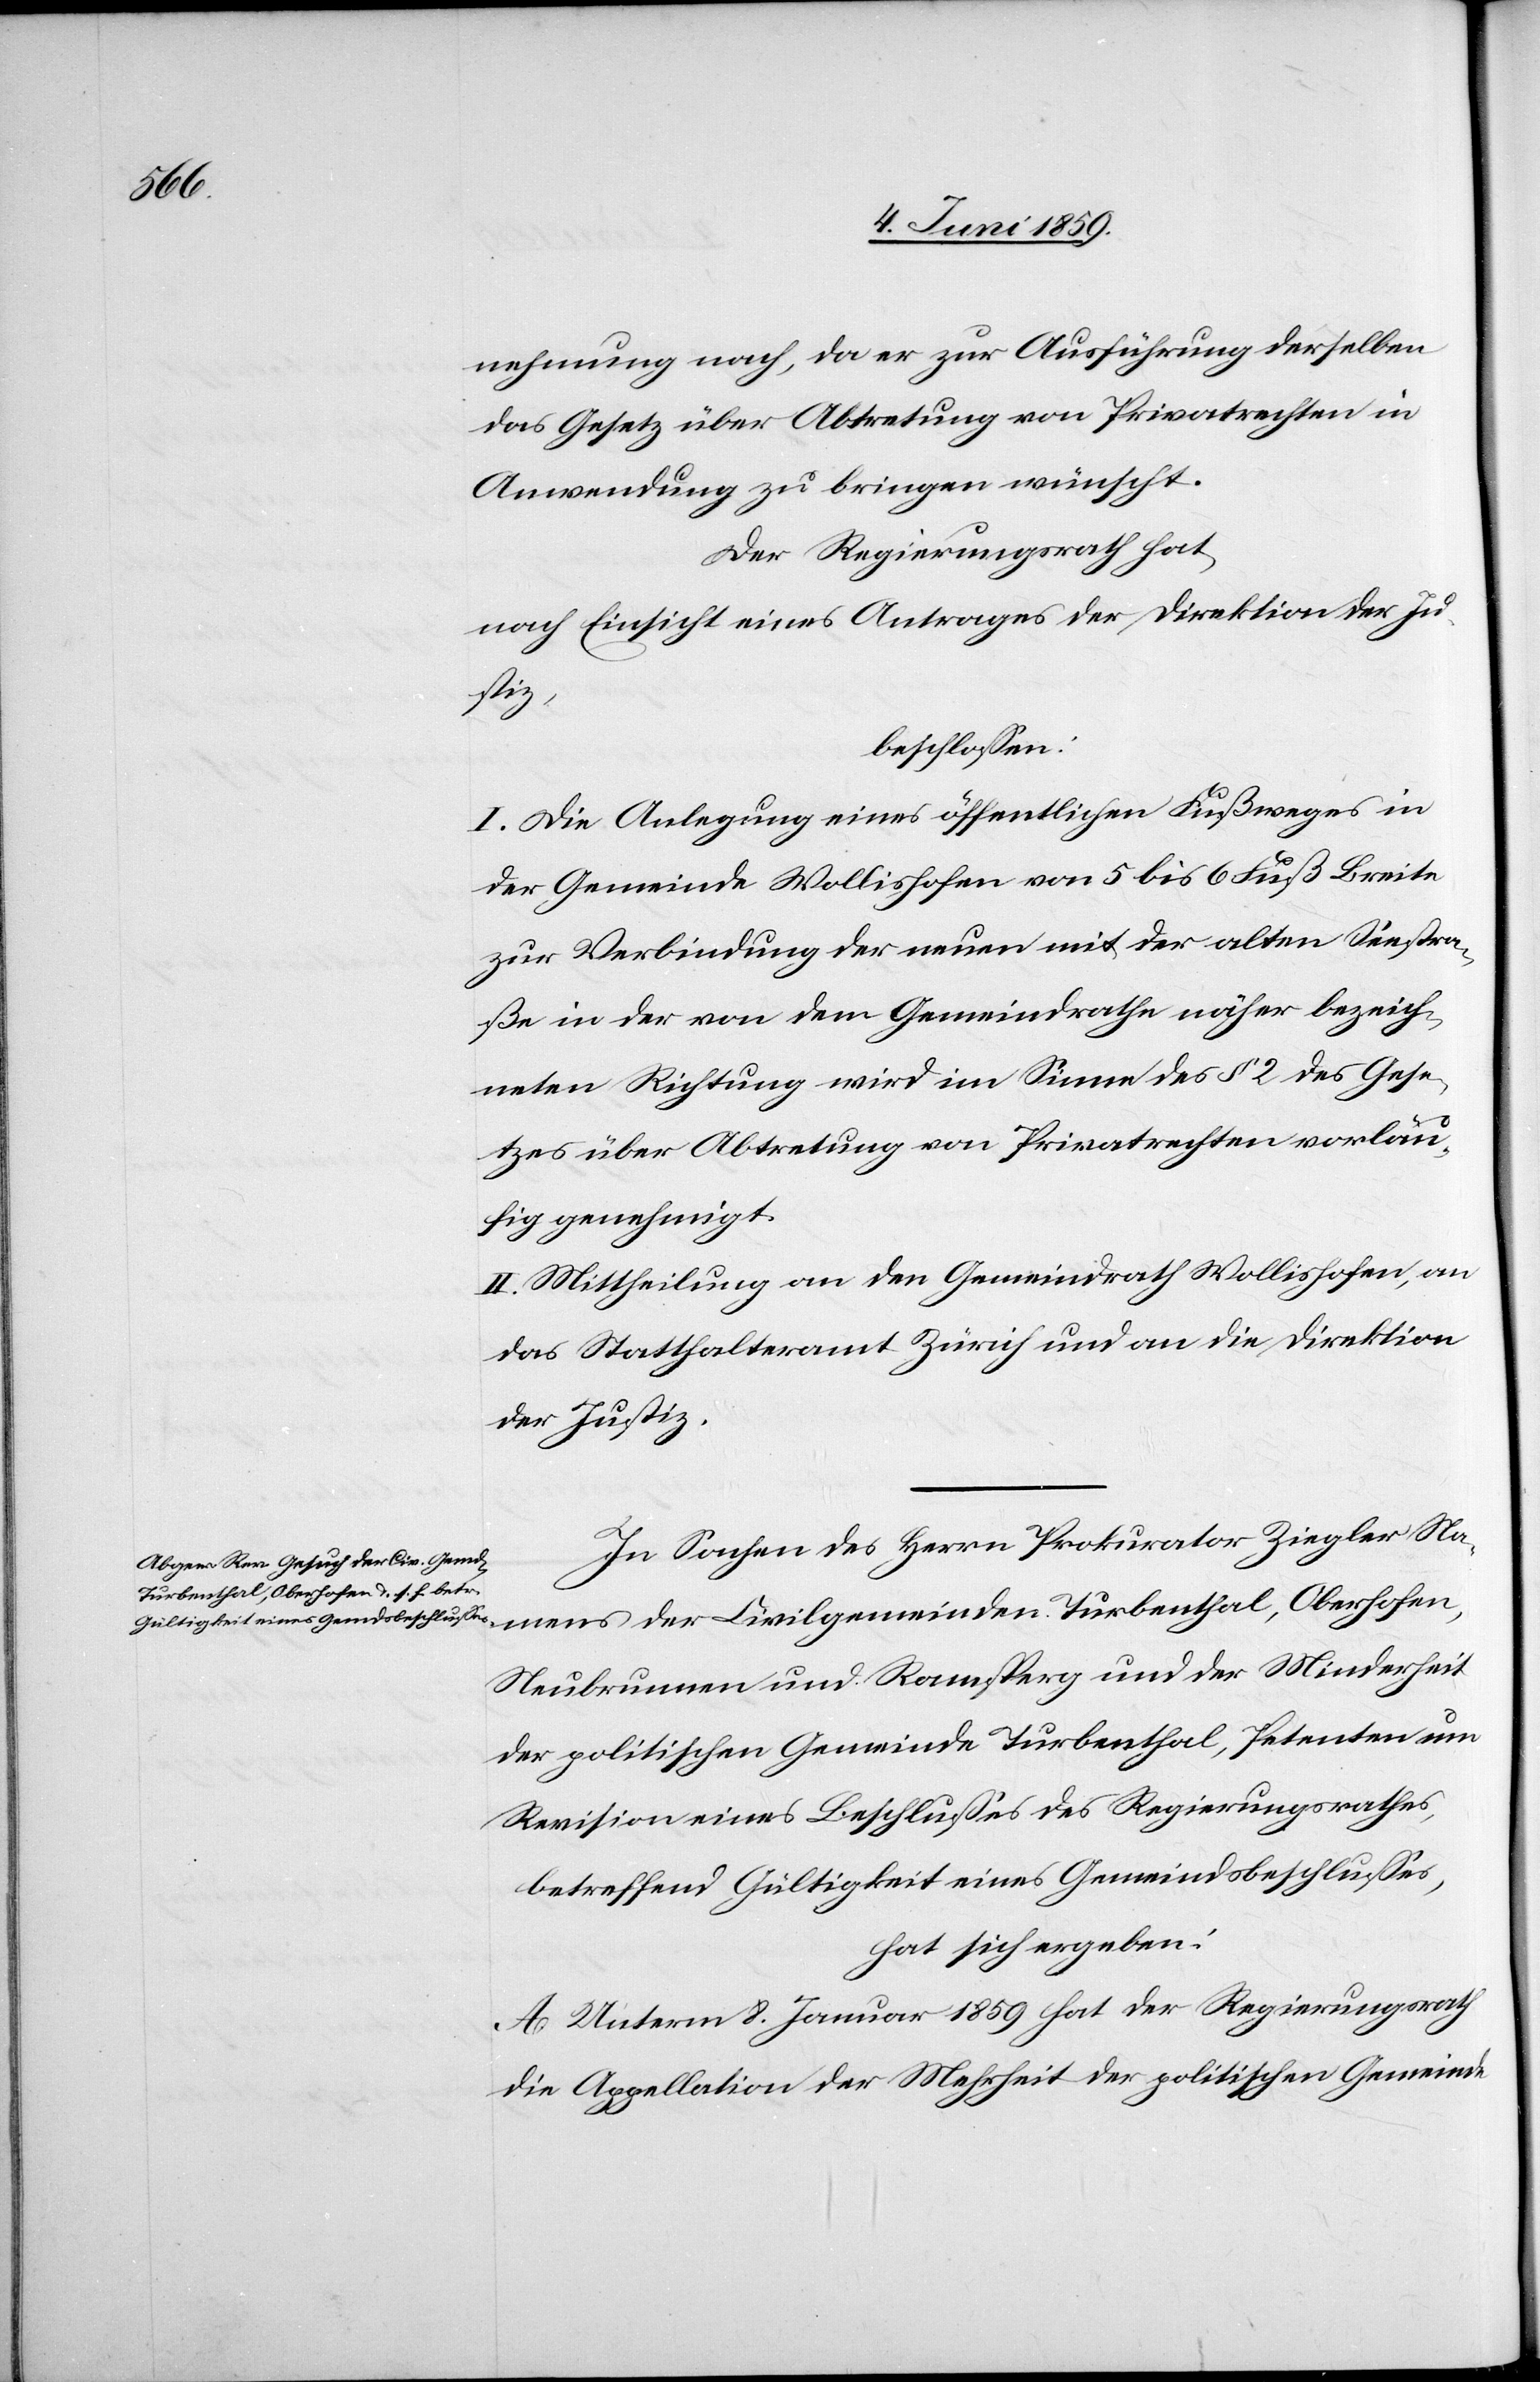
nehmung nach, da er zur Ausführung derselben
das Gesetz über Abtretung von Privatrechten in
Anwendung zu bringen wünscht.
Der Regierungsrath hat,
nach Einsicht eines Antrages der Direktion der Ju¬
mens
beschlossen:
I. Die Anlegung eines öffentlichen Fußweges in
der Gemeinde Wollishofen von 5 bis 6 Fuß Breite
zur Verbindung der neuen mit der alten Seestra¬
ße in der von dem Gemeindrathe näher bezeich¬
neten Richtung wird im Sinne des § 2 des Gese¬
tzes über Abtretung von Privatrechten vorläu¬
fig genehmigt.
II. Mittheilung an den Gemeindrath Wollishofen, an
das Statthalteramt Zürich und an die Direktion
der Justiz.
In Sachen des Herrn Prokurator Ziegler Na¬
der politischen Gemeinde Turbenthal, Petenten um
Revision eines Beschlusses des Regierungsrathes,
betreffend Gültigkeit eines Gemeindsbeschlusses,
hat sich ergeben:
A. Unterm 8. Januar 1859 hat der Regierungsrath
die Appellation der Mehrheit der politischen Gemeinde